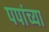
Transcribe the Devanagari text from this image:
पपांच्या